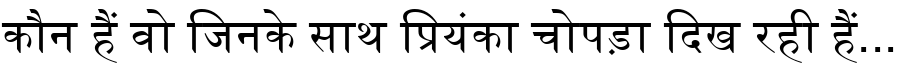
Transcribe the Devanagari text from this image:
कौन हैं वो जिनके साथ प्रियंका चोपड़ा दिख रही हैं...